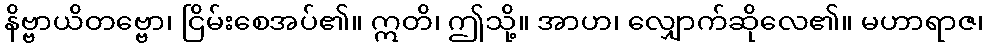
နိဗ္ဗာယိတဗ္ဗော၊ ငြိမ်းစေအပ်၏။ ဣတိ၊ ဤသို့။ အာဟ၊ လျှောက်ဆိုလေ၏။ မဟာရာဇ၊